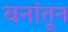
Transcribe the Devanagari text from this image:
वनांतून